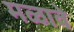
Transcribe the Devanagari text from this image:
मळावे